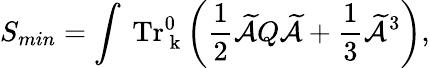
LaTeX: \displaystyle{S_{min}=\int\ {\mathrm{Tr}}_{\mathrm{\mathbf~{k}}}^{0}\left(\frac{1}{2}\widetilde{{\cal A}}Q\widetilde{{\cal A}}+\frac{1}{3}\widetilde{{\cal A}}^{3}\right)},